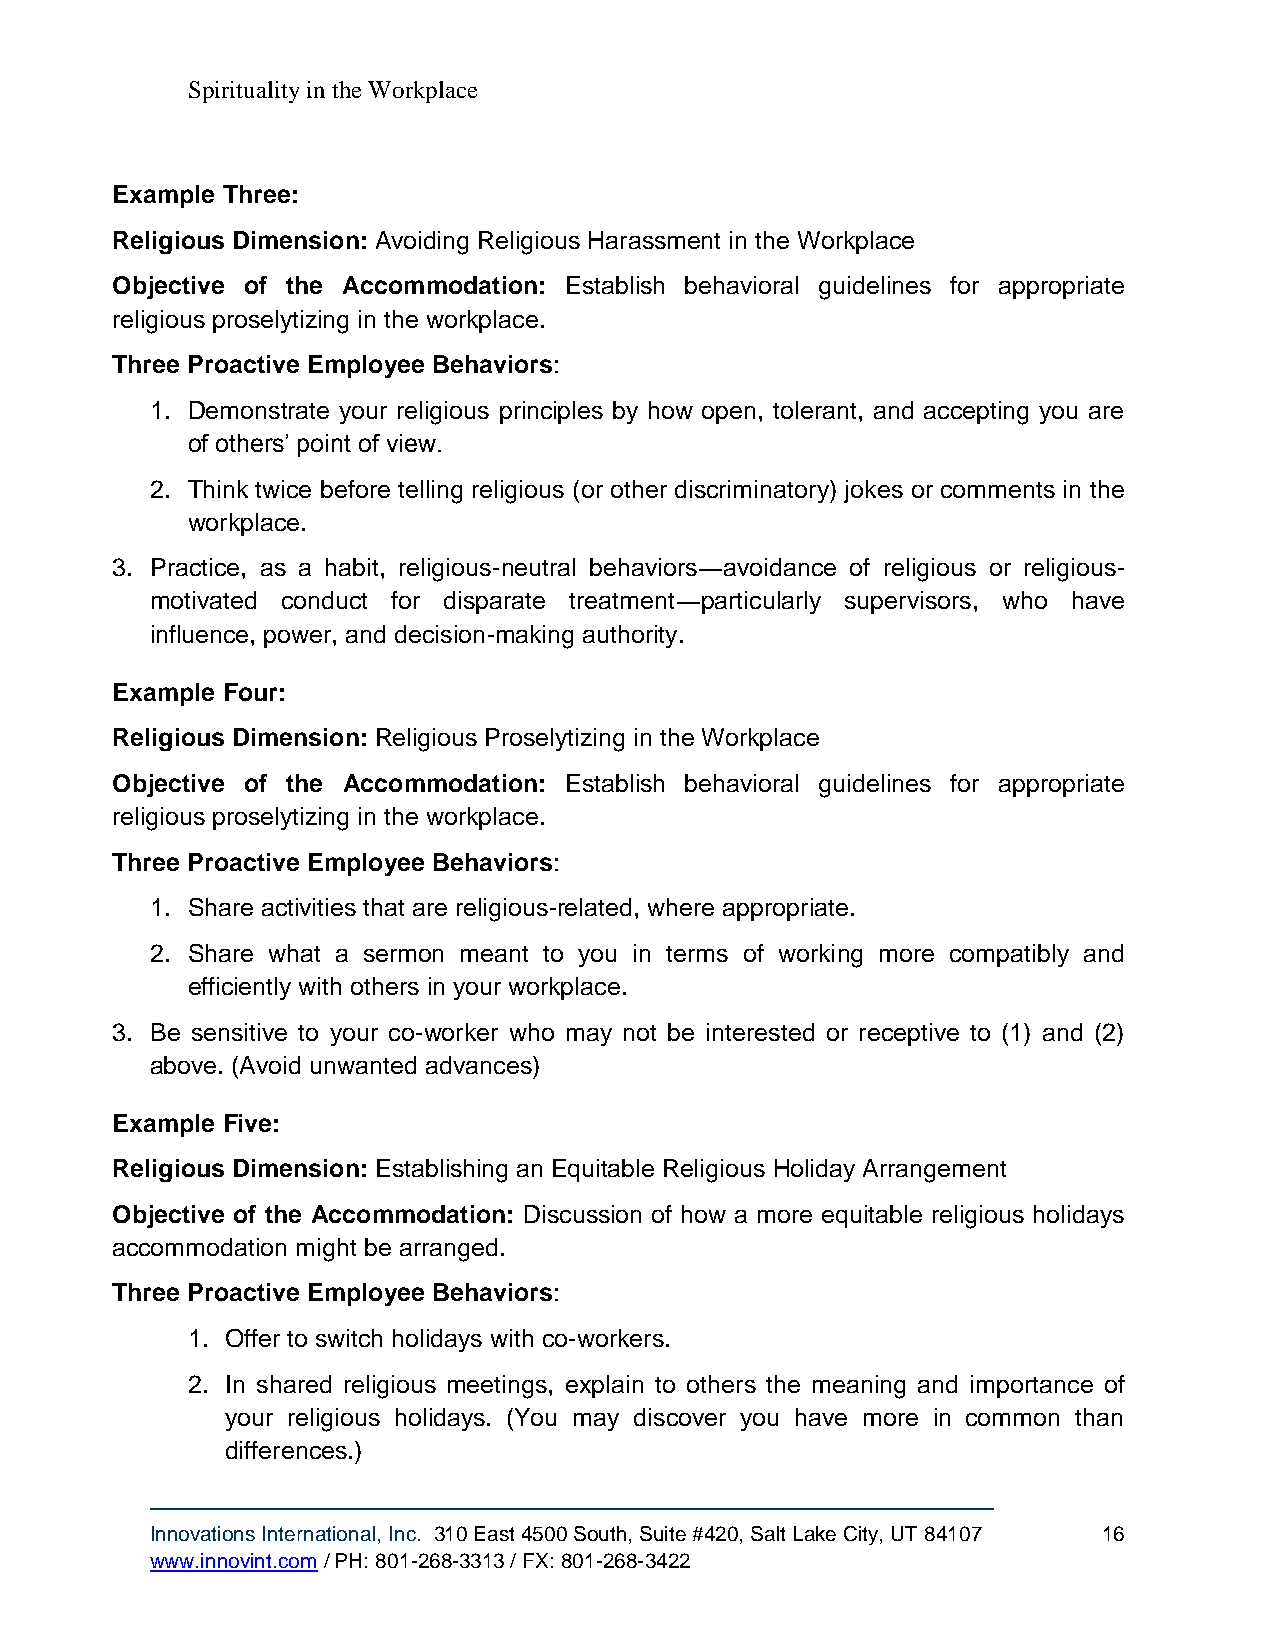
Spirituality in the Workplace
 Example Three:
 Religious Dimension: Avoiding Religious Harassment in the Workplace
 Objective of the Accommodation: Establish behavioral guidelines for appropriate
 religious proselytizing in the workplace.
 Three Proactive Employee Behaviors:
 1. Demonstrate your religious principles by how open, tolerant, and accepting you are
 of others’ point of view.
 2. Think twice before telling religious (or other discriminatory) jokes or comments in the
 workplace.
 3. Practice, as a habit, religious-neutral behaviors―avoidance of religious or religious-
 motivated conduct for disparate treatment―particularly supervisors, who have
 influence, power, and decision-making authority.
 Example Four:
 Religious Dimension: Religious Proselytizing in the Workplace
 Objective of the Accommodation: Establish behavioral guidelines for appropriate
 religious proselytizing in the workplace.
 Three Proactive Employee Behaviors:
 1. Share activities that are religious-related, where appropriate.
 2. Share what a sermon meant to you in terms of working more compatibly and
 efficiently with others in your workplace.
 3. Be sensitive to your co-worker who may not be interested or receptive to (1) and (2)
 above. (Avoid unwanted advances)
 Example Five:
 Religious Dimension: Establishing an Equitable Religious Holiday Arrangement
 Objective of the Accommodation: Discussion of how a more equitable religious holidays
 accommodation might be arranged.
 Three Proactive Employee Behaviors:
 1. Offer to switch holidays with co-workers.
 2. In shared religious meetings, explain to others the meaning and importance of
 your religious holidays. (You may discover you have more in common than
 differences.)
 Innovations International, Inc. 310 East 4500 South, Suite #420, Salt Lake City, UT 84107 16
 www.innovint.com / PH: 801-268-3313 / FX: 801-268-3422